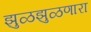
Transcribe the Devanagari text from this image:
झुळझुळणारा